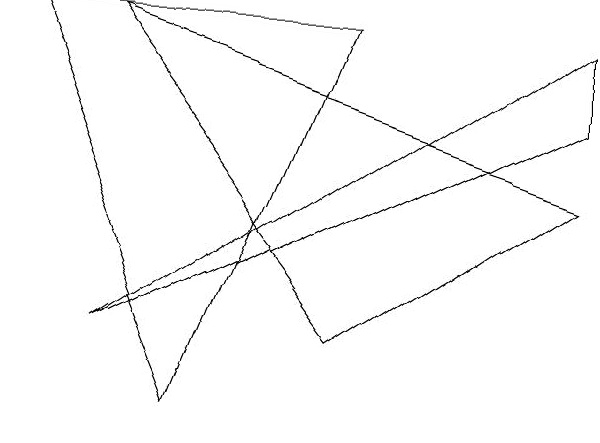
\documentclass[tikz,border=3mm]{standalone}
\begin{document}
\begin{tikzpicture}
\draw (9,4) -- (3,1) -- (9,5) -- cycle;
\draw (6,1) -- (3,5) -- (9,3) -- cycle;
\draw (4,0) -- (6,5) -- (2,5) -- cycle;
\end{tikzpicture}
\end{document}